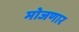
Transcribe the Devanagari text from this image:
मोजणार